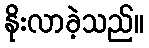
နိုးလာခဲ့သည်။